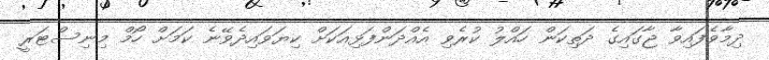
ދިމާވެފައިވާ ޖާގައިގެ ދަތިކަން ހައްލު ކުރެވި އެއްދަންފަޅިއަކަށް ކިޔަވައިދެވޭނެ ކަމަށް ހޯމް މިނިސްޓަރީ